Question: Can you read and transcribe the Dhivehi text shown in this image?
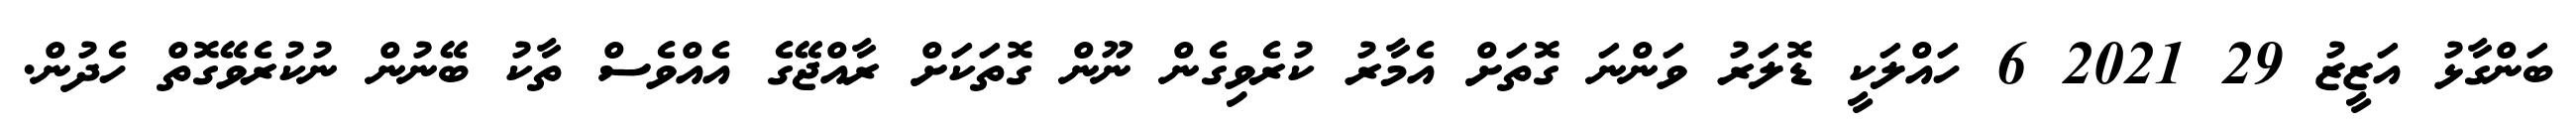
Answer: ބަންގާޅު އަޒީޒު 29 2021 6 ހައްލަކީ ޑޮލަރު ވަންނަ ގޮތަށް އެމާރު ކުރެވިގެން ނޫން ގޮތަކަށް ރާއްޖޭގެ އެއްވެސް ތާކު ބޭނުން ނުކުރެވޭގޮތް ހެދުން.